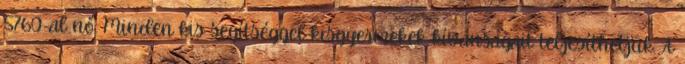
5760-al nő. Minden kis segítséggel kisgyermekek kívánságait teljesíthetjük. A